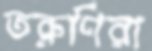
তরুণিরা